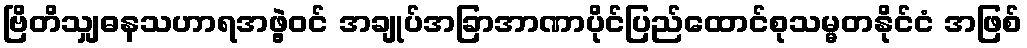
ဗြိတိသျှဓနသဟာရအဖွဲ့ဝင် အချုပ်အခြာအာဏာပိုင်ပြည်ထောင်စုသမ္မတနိုင်ငံ အဖြစ်